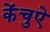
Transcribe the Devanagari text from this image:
केंचुऐ